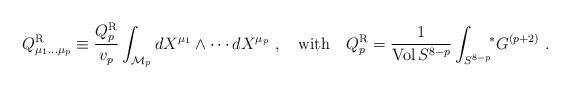
LaTeX: \begin{align*}Q^{\rm R}_{\mu_1\dots\mu_p}\equiv {Q^{\rm R}_p\over v_p}\int_{{\cal M}_p} dX^{\mu_1}\wedge\cdots dX^{\mu_p} \ ,\quad {\rm with}\quad Q_p^{\rm R}={1\over {\rm Vol}\, S^{8-p}}\int_{S^{8-p}}\!\! {}^*G^{(p+2)}\ .\end{align*}